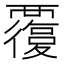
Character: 𧠃